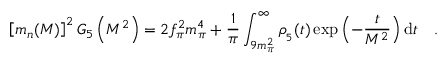
\left[ m _ { n } ( M ) \right] ^ { 2 } G _ { 5 } \left( M ^ { 2 } \right) = 2 f _ { \pi } ^ { 2 } m _ { \pi } ^ { 4 } + \frac { 1 } { \pi } \int _ { 9 m _ { \pi } ^ { 2 } } ^ { \infty } \rho _ { _ 5 } ( t ) \exp { \left( - \frac { t } { M ^ { 2 } } \right) } \, \mathrm { d } t \quad .